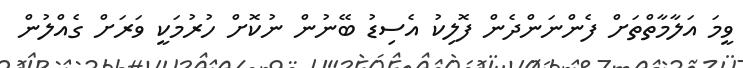
ވީމަ އަލާމާތްތަށް ފެންނަންދެން ފޮލިކު އެސިޑު ބޭނުން ނުކޮށް ހުރުމަކީ ވަރަށް ގެއްލުން